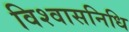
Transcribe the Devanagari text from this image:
विश्वासनिधि